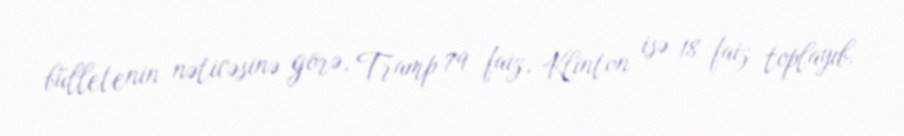
bülletenin nəticəsinə görə, Tramp 79 faiz, Klinton isə 18 faiz toplayıb.